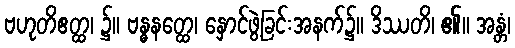
ဗဟုတိဧတ္ထ၊ ၌။ ဗန္ဓနတ္ထေ၊ နှောင်ဖွဲ့ခြင်းအနက်၌။ ဒိဿတိ၊ ၏။ အန္တံ၊